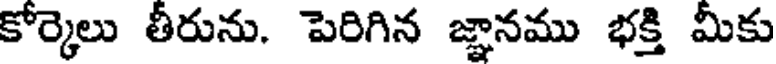
కోర్కెలు తీరును. పెరిగిన జ్ఞానము భక్తి మీకు